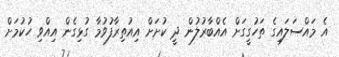
އެ މައްސަލައިގެ ތަހުގީގަށް އެއްބާރުލުން ދީ ކުށަށް އިއުތިރާފުވުމާ ގުޅިގެން އިއްވި ހުކުމަށް